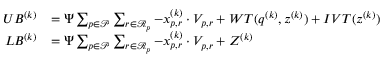
\begin{array} { r l } { U B ^ { ( k ) } } & { = \Psi \sum _ { p \in \mathcal { P } } \sum _ { r \in \mathcal { R } _ { p } } - x _ { p , r } ^ { ( k ) } \cdot V _ { p , r } + W T ( \boldsymbol { q } ^ { ( k ) } , \boldsymbol { z } ^ { ( k ) } ) + I V T ( \boldsymbol { z } ^ { ( k ) } ) } \\ { L B ^ { ( k ) } } & { = \Psi \sum _ { p \in \mathcal { P } } \sum _ { r \in \mathcal { R } _ { p } } - x _ { p , r } ^ { ( k ) } \cdot V _ { p , r } + Z ^ { ( k ) } } \end{array}